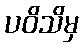
ပဝိသိမှ